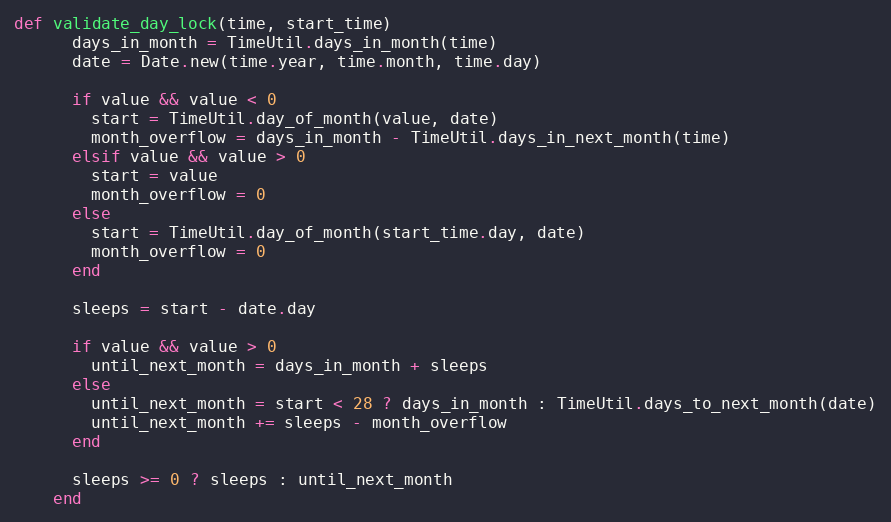
Language: Ruby
def validate_day_lock(time, start_time)
      days_in_month = TimeUtil.days_in_month(time)
      date = Date.new(time.year, time.month, time.day)

      if value && value < 0
        start = TimeUtil.day_of_month(value, date)
        month_overflow = days_in_month - TimeUtil.days_in_next_month(time)
      elsif value && value > 0
        start = value
        month_overflow = 0
      else
        start = TimeUtil.day_of_month(start_time.day, date)
        month_overflow = 0
      end

      sleeps = start - date.day

      if value && value > 0
        until_next_month = days_in_month + sleeps
      else
        until_next_month = start < 28 ? days_in_month : TimeUtil.days_to_next_month(date)
        until_next_month += sleeps - month_overflow
      end

      sleeps >= 0 ? sleeps : until_next_month
    end